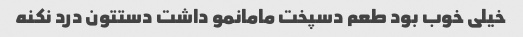
خیلی خوب بود طعم دسپخت مامانمو داشت دستتون درد نکنه